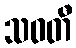
သဝတီ